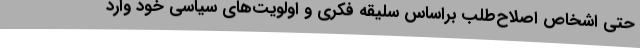
حتی اشخاص اصلاح‌طلب براساس سلیقه فکری و اولویت‌های سیاسی خود وارد